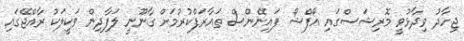
ޖިހާދު ވިދާޅުވީ މޮރިޝަސްގައި އޯފްޝޯ ފައިނޭންސް ތައާރަފްކުރުމަށް ގާނޫނީ ލަފާދިން ވަކީލަކު ރާއްޖޭގައި